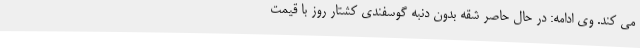
می کند. وی ادامه: در حال حاصر شقه بدون دنبه گوسفندی کشتار روز با قیمت